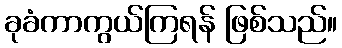
ခုခံကာကွယ်ကြရန် ဖြစ်သည်။